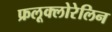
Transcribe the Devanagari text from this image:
फ्रलूक्लोरेलिन